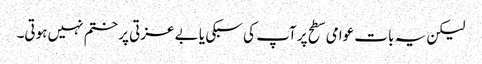
لیکن یہ بات عوامی سطح پر آپ کی سبکی یا بے عزتی پر ختم نہیں ہوتی۔